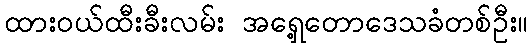
ထားဝယ်ထီးခီးလမ်း အရှေ့တောဒေသခံတစ်ဦး။